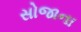
સોજાના